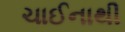
ચાઈનાથી